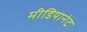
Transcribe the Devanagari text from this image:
मीडियानेट